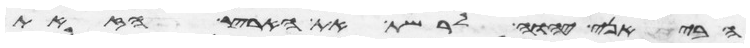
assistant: הביאני יהוה לרשת את הארץ הזאת